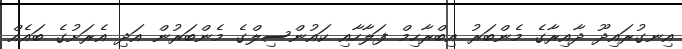
އިނގުރައިދޫ ދާއިރާގެ މެންބަރު އިބްރާހިމް ފަލާހާއި ކައުންސިލްގެ މެންބަރުން އަދި އެރަށުގެ ބައެއް